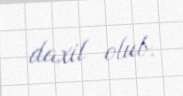
daxil olub.